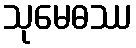
သုမေဓဿ